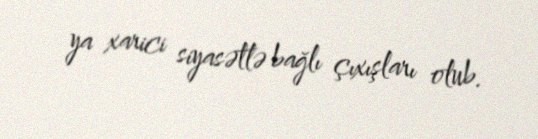
ya xarici siyasətlə bağlı çıxışları olub.